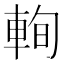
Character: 𨋮